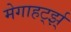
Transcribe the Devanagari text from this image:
मेगाहर्ट्झ्